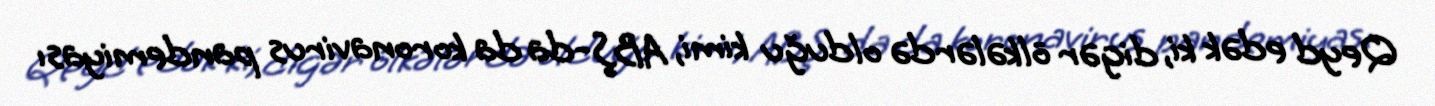
Qeyd edək ki, digər ölkələrdə olduğu kimi, ABŞ-da da koronavirus pandemiyası